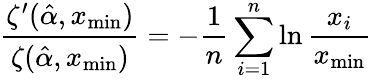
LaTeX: {\frac{\zeta^{\prime}({\hat{\alpha}},x_{\operatorname*{min}})}{\zeta({\hat{\alpha}},x_{\operatorname*{min}})}}=-{\frac{1}{n}}\sum_{i=1}^{n}\ln{\frac{x_{i}}{x_{\operatorname*{min}}}}